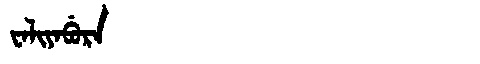
Manchu: ᠸᠠᠯᡳᠶᠠᠪᡠᡵᠠ
Romanization: WALIYABURA